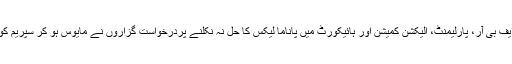
نیب، ایف آئی اے، ایف بی آر، پارلیمنٹ، الیکشن کمیشن اور ہائیکورٹ میں پاناما لیکس کا حل نہ نکلنے پردرخواست گزاروں نے مایوس ہو کر سپریم کورٹ کا رخ کیا تھا۔